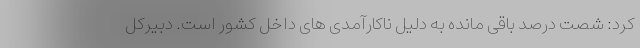
کرد: شصت درصد باقی مانده به دلیل ناکارآمدی های داخل کشور است. دبیرکل